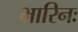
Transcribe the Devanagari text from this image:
भारिनः